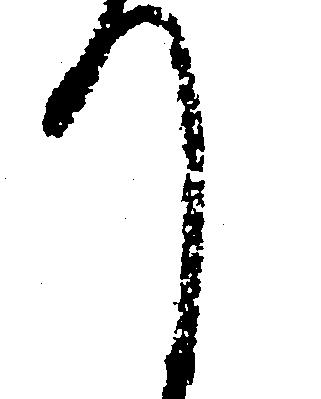
て